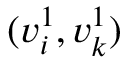
( v _ { i } ^ { 1 } , v _ { k } ^ { 1 } )